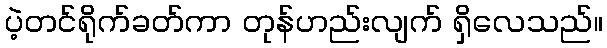
ပဲ့တင်ရိုက်ခတ်ကာ တုန်ဟည်းလျက် ရှိလေသည်။